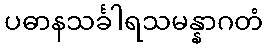
ပဓာနသင်္ခါရသမန္နာဂတံ